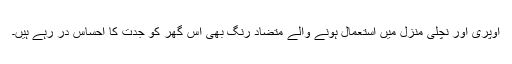
اوپری اور نچلی منزل میں استعمال ہونے والے متضاد رنگ بھی اس گھر کو جدت کا احساس در رہے ہیں۔